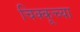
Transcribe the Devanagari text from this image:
चिक्कूच्या